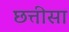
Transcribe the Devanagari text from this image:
छत्तीसा